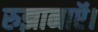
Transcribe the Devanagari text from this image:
रुझानाऍ।